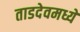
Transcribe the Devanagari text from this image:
ताडदेवमध्ये